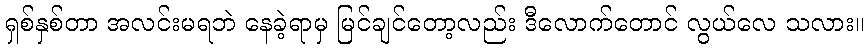
ရှစ်နှစ်တာ အလင်းမရဘဲ နေခဲ့ရာမှ မြင်ချင်တော့လည်း ဒီလောက်တောင် လွယ်လေ သလား။